Report on the working of the mental hospitals for Indians in Bihar and Orissa - 1925-1929
Year: 1925
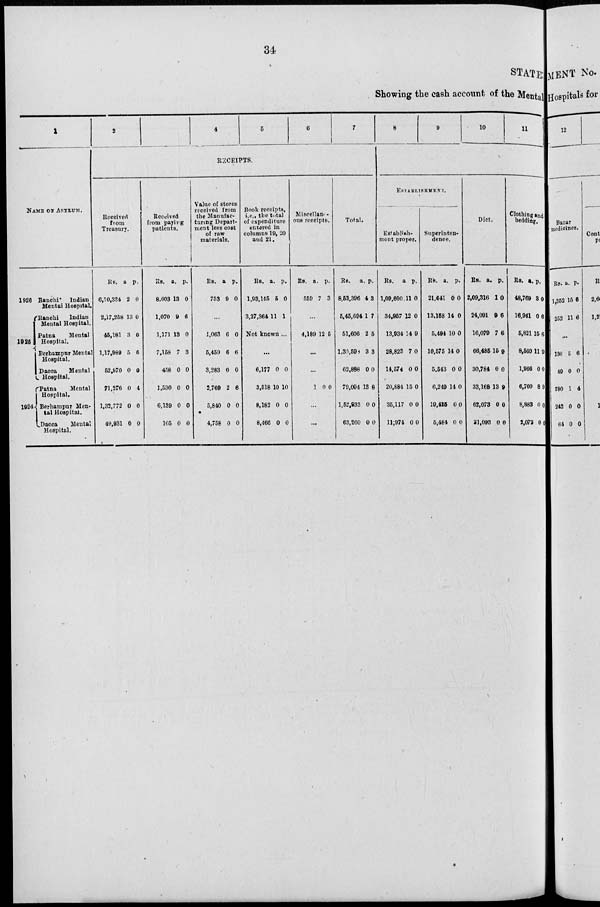
34
STATE
Showing the cash account of the Mental
1
NAME OF ASYLUM.
1926
1925
1924
Ranchi
Indian
Mental Hospital.
Ranchi
Indian
Mental Hospital.
Patna
Mental
Hospital.
Berhampur Mental
Hospital.
Dacca
Mental
Hospital.
Patna
Mental
Hospital.
Berhampur Men-
tal Hospital.
Dacca
Mental
Hospital.
2
4
5
6
7
RECEIPTS.
Received
from
Treasury.
Rs.
6,50,334
2,17,258
45,181
1,17,989
52,970
71,276
1,33,772
49,931
a.
2
13
3
5
0
0
0
0
p.
0
0
0
6
0
4
0
0
Received
from paying
patients.
Rs.
8,603
1,070
1,171
7,158
458
1,530
6,139
105
a.
13
9
13
7
0
0
0
0
p.
0
6
0
3
0
0
0
0
Value of stores
received from
the Manufac-
turing Depart-
ment less cost
of raw
materials.
Rs.
753
a
9
p.
0
...
1,063
5,450
3,283
2,769
5,840
4,758
6
6
0
2
0
0
0
6
0
6
0
0
Book receipts,
i.e., the total
of expenditure
entered in
columns 19, 20
and 21.
Rs.
1,93,145
3,27,364
a.
5
11
p.
0
1
Not known ...
...
6,177
3,518
8,182
8,466
0
10
0
0
0
10
0
0
Miscellan-
ous receipts.
Rs.
550
a.
7
p.
3
...
4,189 12 5
...
...
1 0 0
...
...
Total.
Rs.
8,53,396
5,45,694
51,606
1,30,598
62,888
79,094
1,52,933
63,260
a.
4
1
2
3
0
13
0
0
p.
3
7
6
3
0
8
0
0
8
9
10
11
ESTABLISHMENT.
Establish-
ment proper.
Rs.
1,09,600
34,957
13,934
28,823
14,574
20,884
35,117
11,974
a.
11
12
14
7
0
15
0
0
p.
0
0
9
0
0
0
0
0
Superinten-
dence.
Rs.
21,641
13,158
5,494
10,575
5,543
6,249
19,425
5,484
a.
0
14
10
14
0
14
0
0
p.
0
0
0
0
0
0
0
0
Diet.
Rs.
2,09,316
24,091
16,070
66,485
30,784
33,168
62,073
31,093
a.
1
9
7
15
0
13
0
0
p.
0
6
6
9
0
9
0
0
Clothing and
bedding.
Rs.
48,769
16,941
5,821
8,560
1,966
6,760
8,883
2,072
a.
3
0
15
11
0
8
0
0
p.
0
6
6
9
0
9
0
0